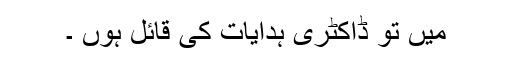
میں تو ڈاکٹری ہدایات کی قائل ہوں ۔